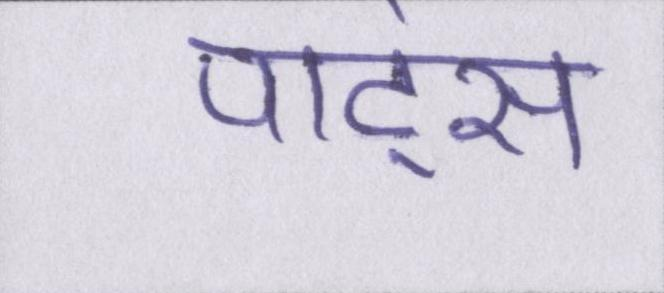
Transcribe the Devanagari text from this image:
पार्ट्स